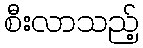
စီးလာသည့်